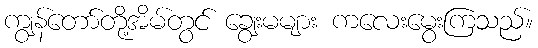
ကျွန်တော်တို့အိမ်တွင် ချွေးမများ ကလေးမွေးကြသည်။